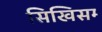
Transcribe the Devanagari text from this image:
सिखिसम्‍